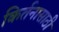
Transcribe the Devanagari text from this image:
किर्तनासाठी